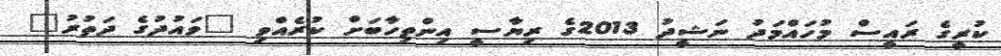
ކުރީގެ ރައީސް މުހައްމަދު ނަޝީދު 2013ގެ ރިޔާސީ އިންތިހާބަށް ކުރެއްވި "ވައުދުގެ ދަތުރު"